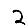
Digit: 2